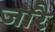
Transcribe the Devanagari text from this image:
जारै